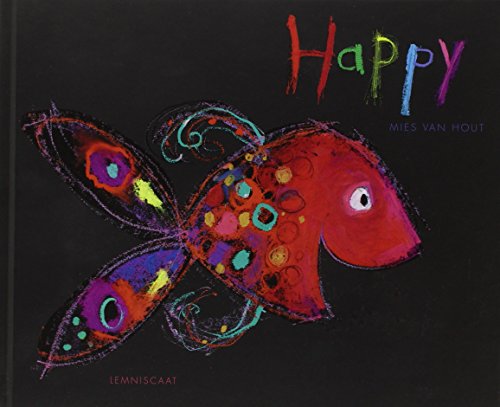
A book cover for Happy; Mies Van Hout; Children's Books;